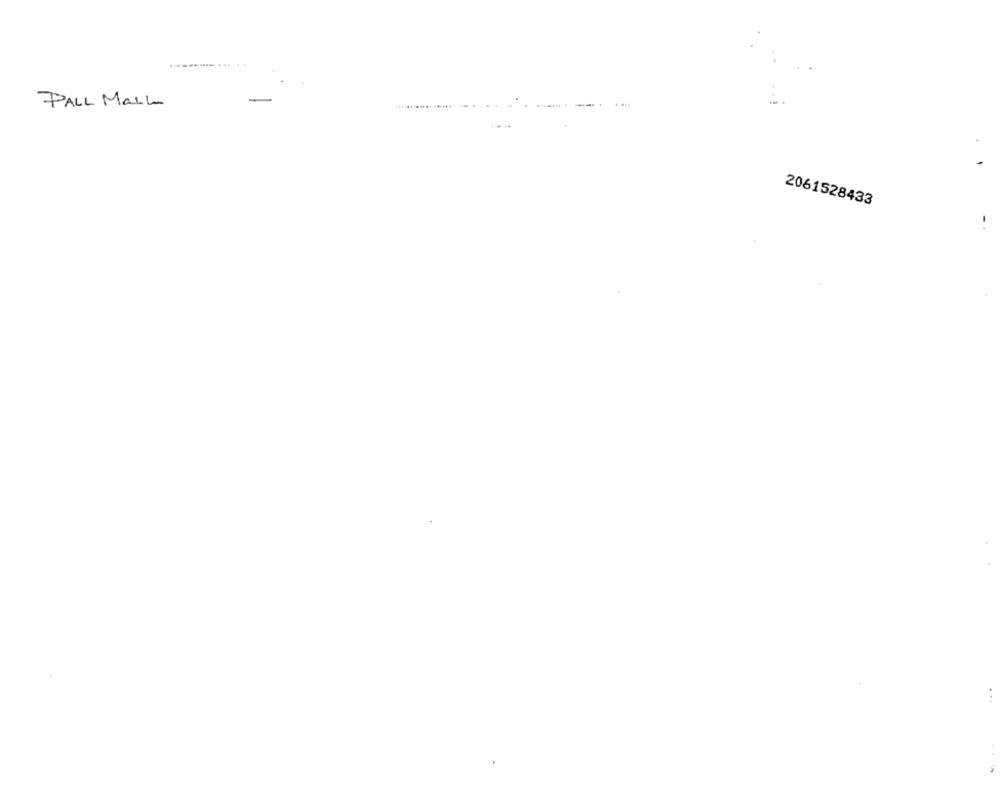
PALL Mall
2061528433
. ..